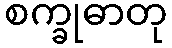
စက္ခုဓာတု